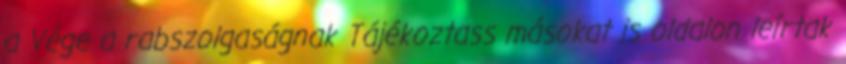
a Vége a rabszolgaságnak Tájékoztass másokat is oldalon leírtak